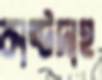
কাষ্টদাহ